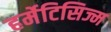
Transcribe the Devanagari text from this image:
हर्मेटिसिज्म